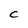
Character: C